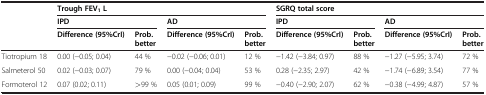
<table><thead><tr><td rowspan="3"><b> </b></td><td colspan="4"><b>Trough FEV<sub>1</sub>L</b></td><td colspan="4"><b>SGRQ total score</b></td></tr><tr><td colspan="2"><b>IPD</b></td><td colspan="2"><b>AD</b></td><td colspan="2"><b>IPD</b></td><td colspan="2"><b>AD</b></td></tr><tr><td><b>Difference (95%CrI)</b></td><td><b>Prob. better</b></td><td><b>Difference (95%CrI)</b></td><td><b>Prob. better</b></td><td><b>Difference (95%CrI)</b></td><td><b>Prob. better</b></td><td><b>Difference (95%CrI)</b></td><td><b>Prob. better</b></td></tr></thead><tbody><tr><td>Tiotropium 18</td><td>0.00 (−0.05; 0.04)</td><td>44 %</td><td>−0.02 (−0.06; 0.01)</td><td>12 %</td><td>−1.42 (−3.84; 0.97)</td><td>88 %</td><td>−1.27 (−5.95; 3.74)</td><td>72 %</td></tr><tr><td>Salmeterol 50</td><td>0.02 (−0.03; 0.07)</td><td>79 %</td><td>0.00 (−0.04; 0.04)</td><td>53 %</td><td>0.28 (−2.35; 2.97)</td><td>42 %</td><td>−1.74 (−6.89; 3.54)</td><td>77 %</td></tr><tr><td>Formoterol 12</td><td>0.07 (0.02; 0.11)</td><td>&gt;99 %</td><td>0.05 (0.01; 0.09)</td><td>99 %</td><td>−0.40 (−2.90; 2.07)</td><td>62 %</td><td>−0.38 (−4.99; 4.87)</td><td>57 %</td></tr></tbody></table>